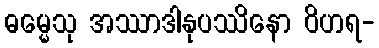
ဓမ္မေသု အဿာဒါနုပဿိနော ဝိဟရ-